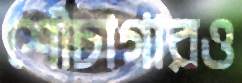
শৌচাগারও